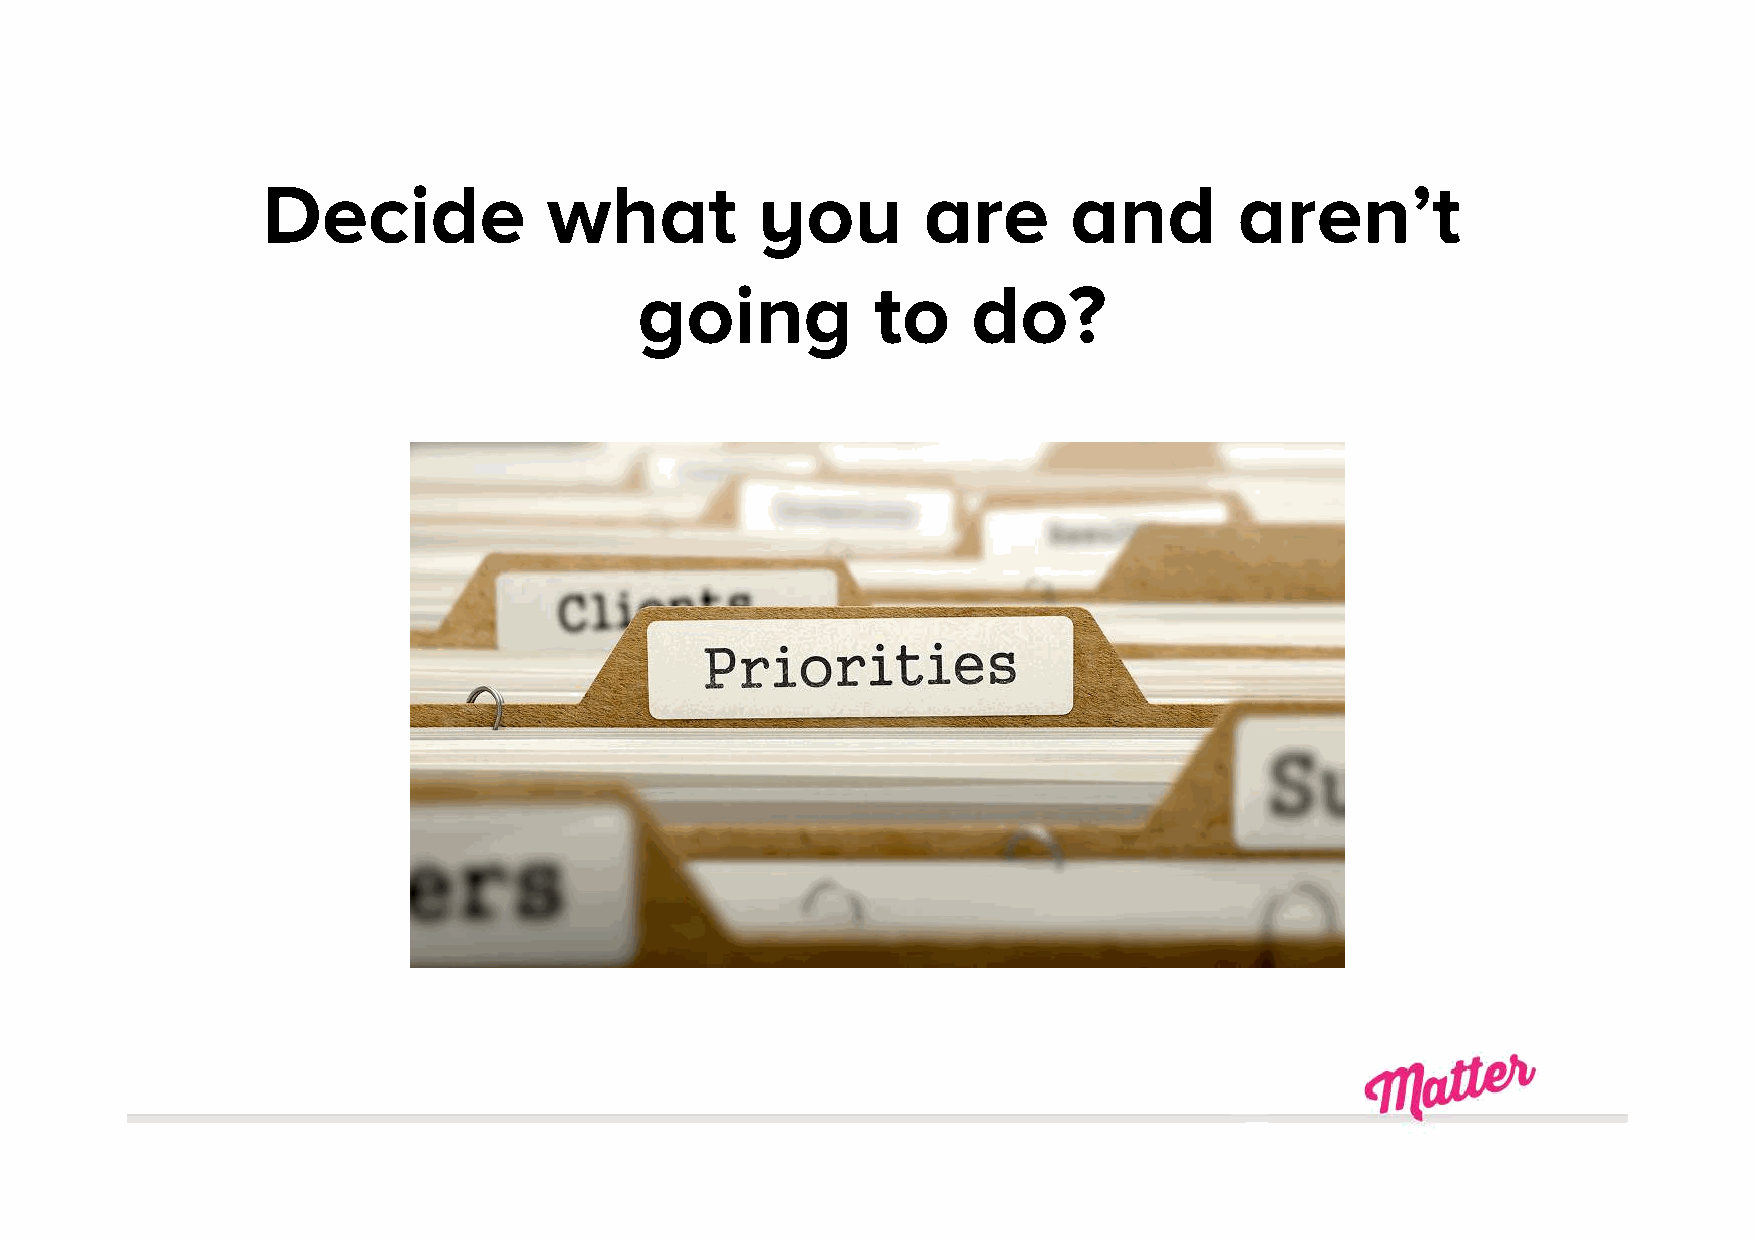
Decide             what          you        are       and        aren’t
 going           to    do?